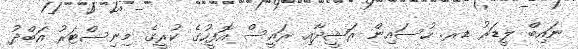
ނައިބް ލީޑަރު ޑރ. ހުސައިން ރަޝީދާއި ރައީސް އޮފީހުގެ ކުރީގެ މިނިސްޓަރު އަބްދު